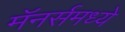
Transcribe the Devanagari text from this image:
मॅनर्समध्ये